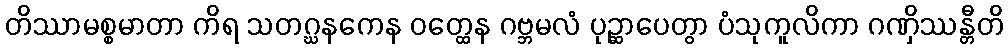
တိဿာမစ္စမာတာ ကိရ သတဂ္ဃနကေန ဝတ္ထေန ဂဗ္ဘမလံ ပုဉ္ဆာပေတွာ ပံသုကူလိကာ ဂဏှိဿန္တီတိ